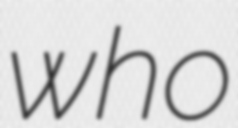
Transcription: who